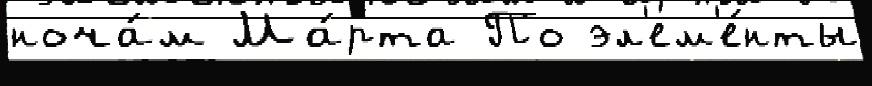
ноча́м Ма́рта По эл'ем'е́нты